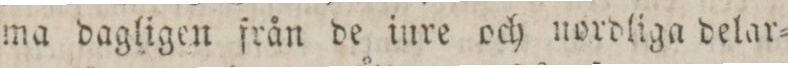
ma dagligen från de iure och nordliga delar=